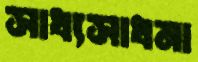
সাধ্যসাধনা